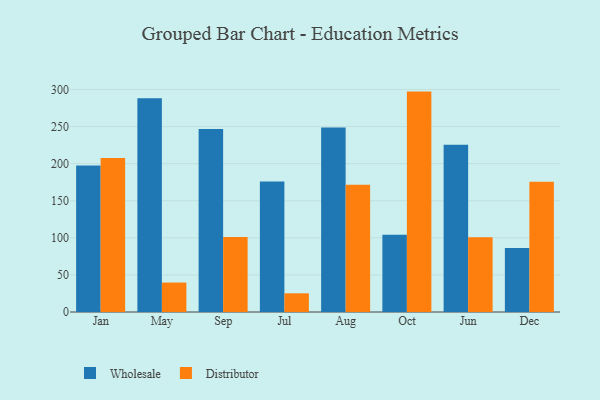
{"axis": {"x": "Month", "y": "Page Views"}, "legend": ["Distributor", "Wholesale"], "data": [{"x": "Jan", "y": 197.5, "type": "Wholesale"}, {"x": "Jan", "y": 207.6, "type": "Distributor"}, {"x": "May", "y": 288.1, "type": "Wholesale"}, {"x": "May", "y": 39.7, "type": "Distributor"}, {"x": "Sep", "y": 246.8, "type": "Wholesale"}, {"x": "Sep", "y": 101.1, "type": "Distributor"}, {"x": "Jul", "y": 175.9, "type": "Wholesale"}, {"x": "Jul", "y": 25.2, "type": "Distributor"}, {"x": "Aug", "y": 248.8, "type": "Wholesale"}, {"x": "Aug", "y": 171.7, "type": "Distributor"}, {"x": "Oct", "y": 104.2, "type": "Wholesale"}, {"x": "Oct", "y": 297.1, "type": "Distributor"}, {"x": "Jun", "y": 225.5, "type": "Wholesale"}, {"x": "Jun", "y": 100.6, "type": "Distributor"}, {"x": "Dec", "y": 86.2, "type": "Wholesale"}, {"x": "Dec", "y": 175.5, "type": "Distributor"}]}